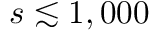
s \lesssim 1 , 0 0 0